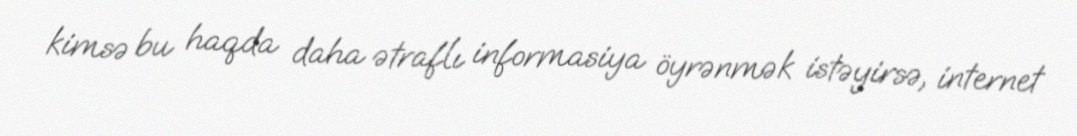
kimsə bu haqda daha ətraflı informasiya öyrənmək istəyirsə, internet